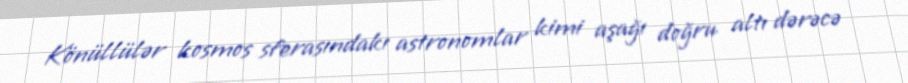
Könüllülər kosmos sferasındakı astronomlar kimi aşağı doğru altı dərəcə